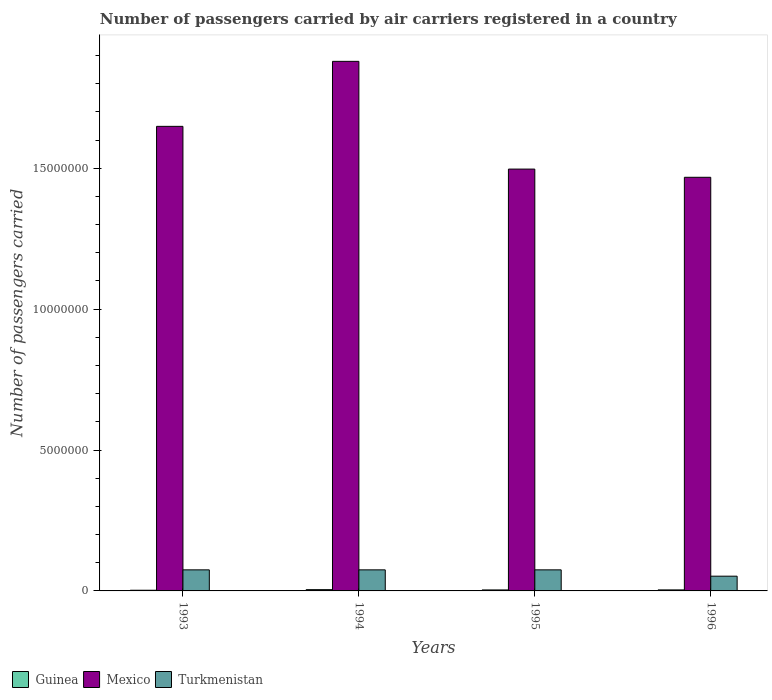
| Years | Guinea | Mexico | Turkmenistan |
 | --- | --- | --- | --- |
 | 1993 | 2.42e+04 | 1.65e+07 | 7.48e+05 |
 | 1994 | 4.5e+04 | 1.88e+07 | 7.48e+05 |
 | 1995 | 3.5e+04 | 1.5e+07 | 7.48e+05 |
 | 1996 | 3.63e+04 | 1.47e+07 | 5.23e+05 |